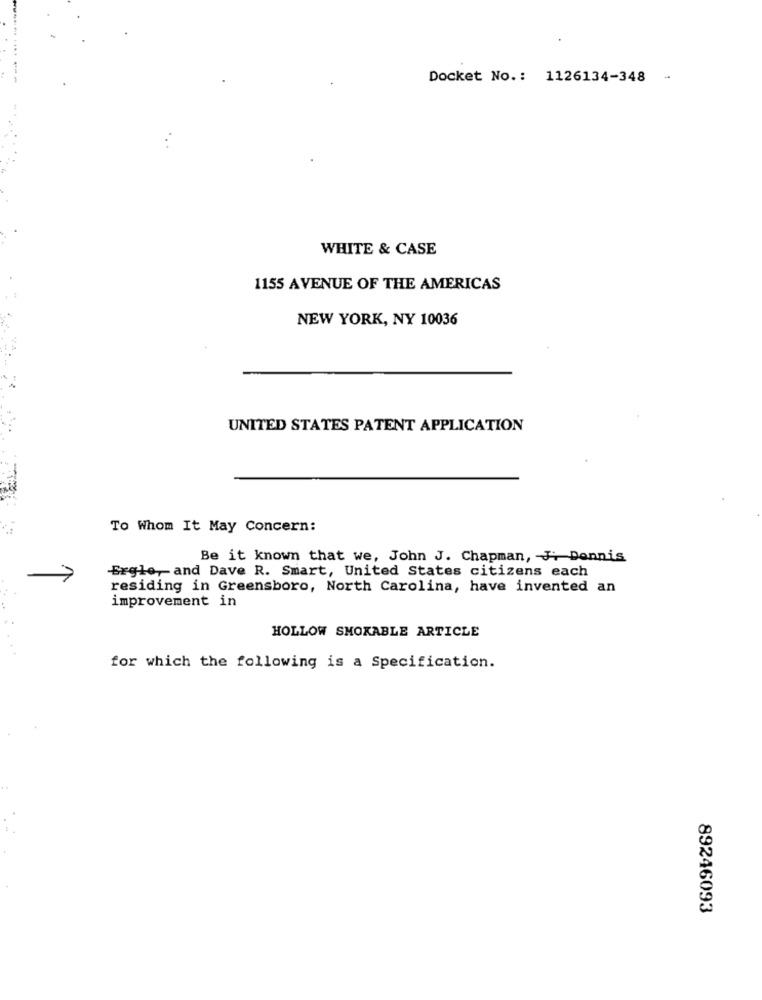
Docket No .: 1126134-348 -
WHITE & CASE
1155 AVENUE OF THE AMERICAS
NEW YORK, NY 10036
UNITED STATES PATENT APPLICATION
To Whom It May Concern:
Be it known that we, John J. Chapman, J Dennis
Ergle, and Dave R. Smart, United States citizens each
residing in Greensboro, North Carolina, have invented an
improvement in
HOLLOW SMOKABLE ARTICLE
for which the following is a Specification.
89246093